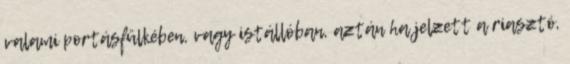
valami portásfülkében, vagy istállóban, aztán ha jelzett a riasztó,